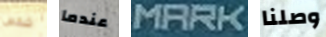
شخص عندما MARK وصلنا